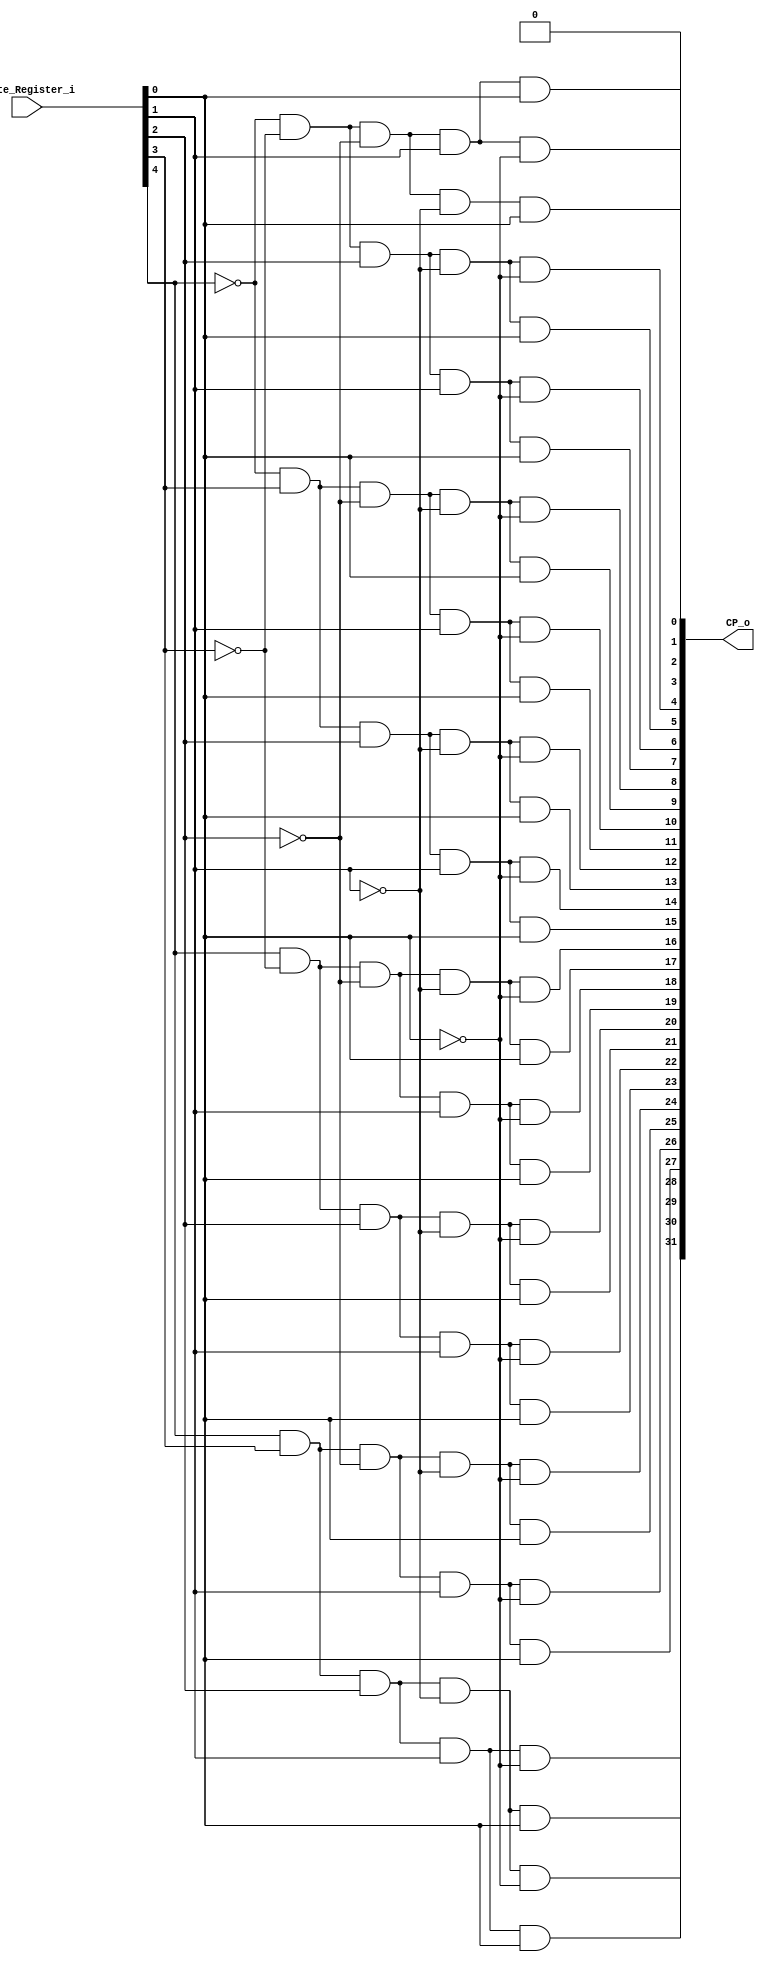
/*
* Description:
*	PRIORITY ENCODER
* Author:
*	Ing. Luis Eduardo Almonte De Luna
* Date:
*	22/11/2021
*/
module priority_encoder
#(

	parameter WORD_LENGTH = 32,
	parameter BITS = 5
	
)
(
	input [BITS-1:0] Write_Register_i,
	output [WORD_LENGTH-1:0] CP_o
);


wire A, B, C, D, E;

assign A = Write_Register_i[4];
assign B = Write_Register_i[3];
assign C = Write_Register_i[2];
assign D = Write_Register_i[1];
assign E = Write_Register_i[0];

assign CP_o[0] = 5'b00000;
assign CP_o[1]  = ~A & ~B & ~C & ~D & E;
assign CP_o[2]  = ~A & ~B & ~C & D & ~E;
assign CP_o[3]  = ~A & ~B & ~C & D & E;
assign CP_o[4]  = ~A & ~B & C & ~D & ~E;
assign CP_o[5]  = ~A & ~B & C & ~D & E;
assign CP_o[6]  = ~A & ~B & C & D & ~E;
assign CP_o[7]  = ~A & ~B & C & D & E;
assign CP_o[8]  = ~A & B & ~C & ~D & ~E;
assign CP_o[9]  = ~A & B & ~C & ~D & E;
assign CP_o[10] = ~A & B & ~C & D & ~E;
assign CP_o[11] = ~A & B & ~C & D & E;
assign CP_o[12] = ~A & B & C & ~D & ~E;
assign CP_o[13] = ~A & B & C & ~D & E;
assign CP_o[14] = ~A & B & C & D & ~E;
assign CP_o[15] = ~A & B & C & D & E;
assign CP_o[16] = A & ~B & ~C & ~D & ~E;
assign CP_o[17] = A & ~B & ~C & ~D & E;
assign CP_o[18] = A & ~B & ~C & D & ~E;
assign CP_o[19] = A & ~B & ~C & D & E;
assign CP_o[20] = A & ~B & C & ~D & ~E;
assign CP_o[21] = A & ~B & C & ~D & E;
assign CP_o[22] = A & ~B & C & D & ~E;
assign CP_o[23] = A & ~B & C & D & E;
assign CP_o[24] = A & B & ~C & ~D & ~E;
assign CP_o[25] = A & B & ~C & ~D & E;
assign CP_o[26] = A & B & ~C & D & ~E;
assign CP_o[27] = A & B & ~C & D & E;
assign CP_o[28] = A & B & C & ~D & ~E;
assign CP_o[29] = A & B & C & ~D & E;
assign CP_o[30] = A & B & C & D & ~E;
assign CP_o[31] = A & B & C & D & E;

endmodule